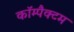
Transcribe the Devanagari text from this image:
कॉम्पैक्टम